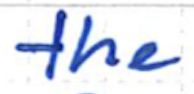
Text: the
Cross-out: clean
Writing tool: ballpoint